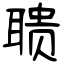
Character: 聩